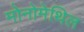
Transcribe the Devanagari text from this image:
मोनोमेथिल